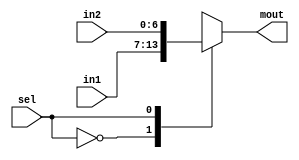
module mux2to1_7bits(input [6:0] in1, input [6:0] in2,input sel, output reg [6:0] mout);
  always@(in1, in2)
    begin
      case(sel)
        1'b0: mout=in1;
        1'b1: mout=in2;
      endcase
  end
endmodule